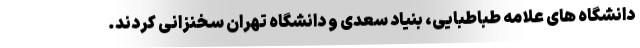
دانشگاه های علامه طباطبایی، بنیاد سعدی و دانشگاه تهران سخنزانی کردند.